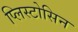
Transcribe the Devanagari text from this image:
प्लिस्टोसिन